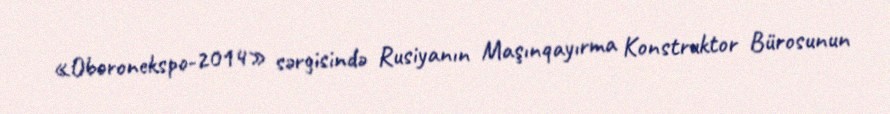
«Oboronekspo-2014» sərgisində Rusiyanın Maşınqayırma Konstruktor Bürosunun